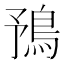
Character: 𩿎